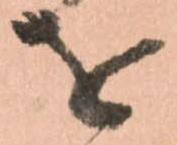
を